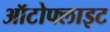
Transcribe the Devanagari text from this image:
ऑटोफ्लाइट